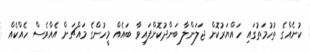
ކުށެއްގެ ތުހުމަތުގައި ހައްޔަރުކޮށް ޖަލަންލާ ބަންދުކޮށްފައިވާ ބައެއް މީހުންގެ މައްޗަށް އެއްވެސް ހެއްކެއް